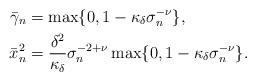
LaTeX: \begin{align*} \bar \gamma_n &= \max\{0,1-\kappa_\delta \sigma_n^{-\nu}\},\\ \bar x_n^2 &= \frac{\delta^2}{\kappa_\delta}\sigma_n^{-2+\nu}\max\{0,1-\kappa_\delta\sigma_n^{-\nu}\}. \end{align*}